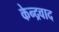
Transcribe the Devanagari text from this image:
केन्द्रवाद